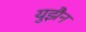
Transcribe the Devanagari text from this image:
युझैन